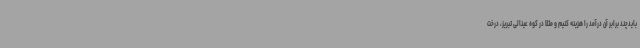
بایدچند برابر آن درآمد را هزینه کنیم و مثلا در کوه عینالی تبریز، درخت